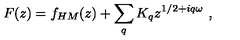
F ( z ) = f _ { H M } ( z ) + \sum _ { q } K _ { q } z ^ { 1 / 2 + i q \omega } \ ,